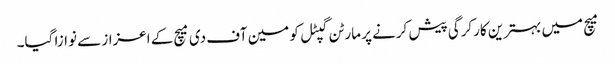
میچ میں بہترین کارکرگی پیش کرنے پر مارٹن گپٹل کو مین آف دی میچ کے اعزاز سے نوازا گیا۔